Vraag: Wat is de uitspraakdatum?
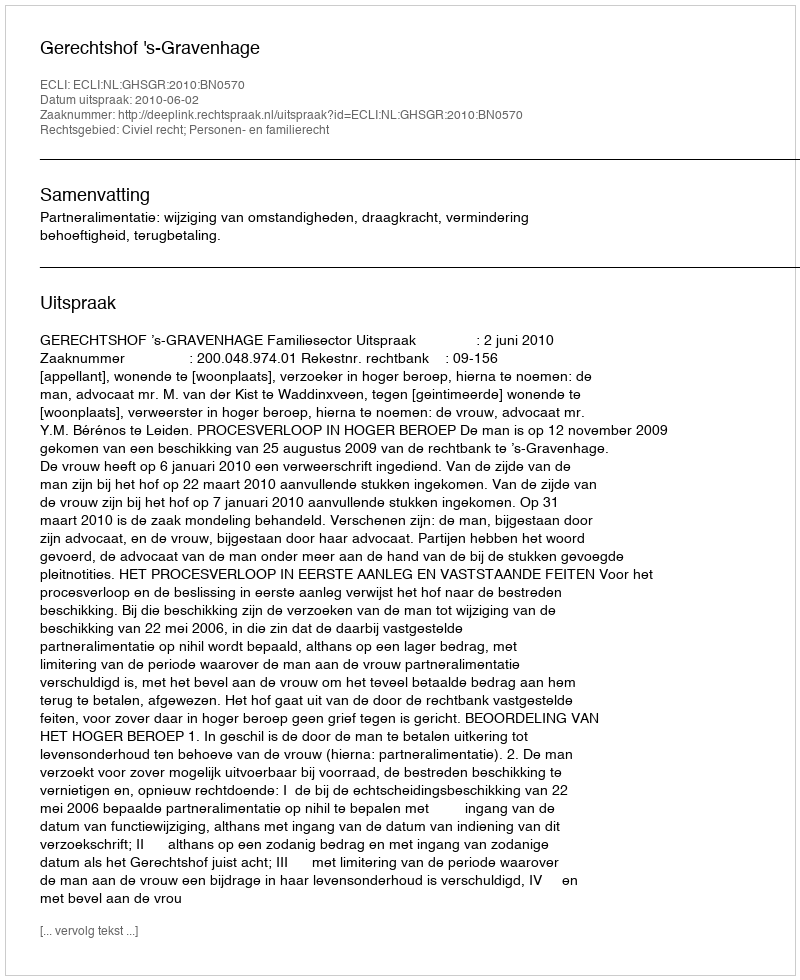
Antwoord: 2010-06-02